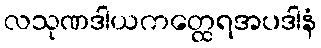
လသုဏဒါယကတ္ထေရအပဒါနံ